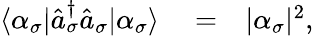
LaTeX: \begin{array}{rlr}{\langle\alpha_{\sigma}|\hat{a}_{\sigma}^{\dagger}\hat{a}_{\sigma}|\alpha_{\sigma}\rangle}&{{}=}&{|\alpha_{\sigma}|^{2},}\end{array}